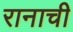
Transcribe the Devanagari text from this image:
रानाची